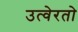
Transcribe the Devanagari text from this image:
उत्वेरतो